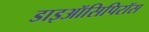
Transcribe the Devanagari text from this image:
डाइऑसिपिरॉस